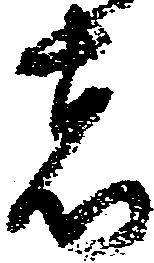
者